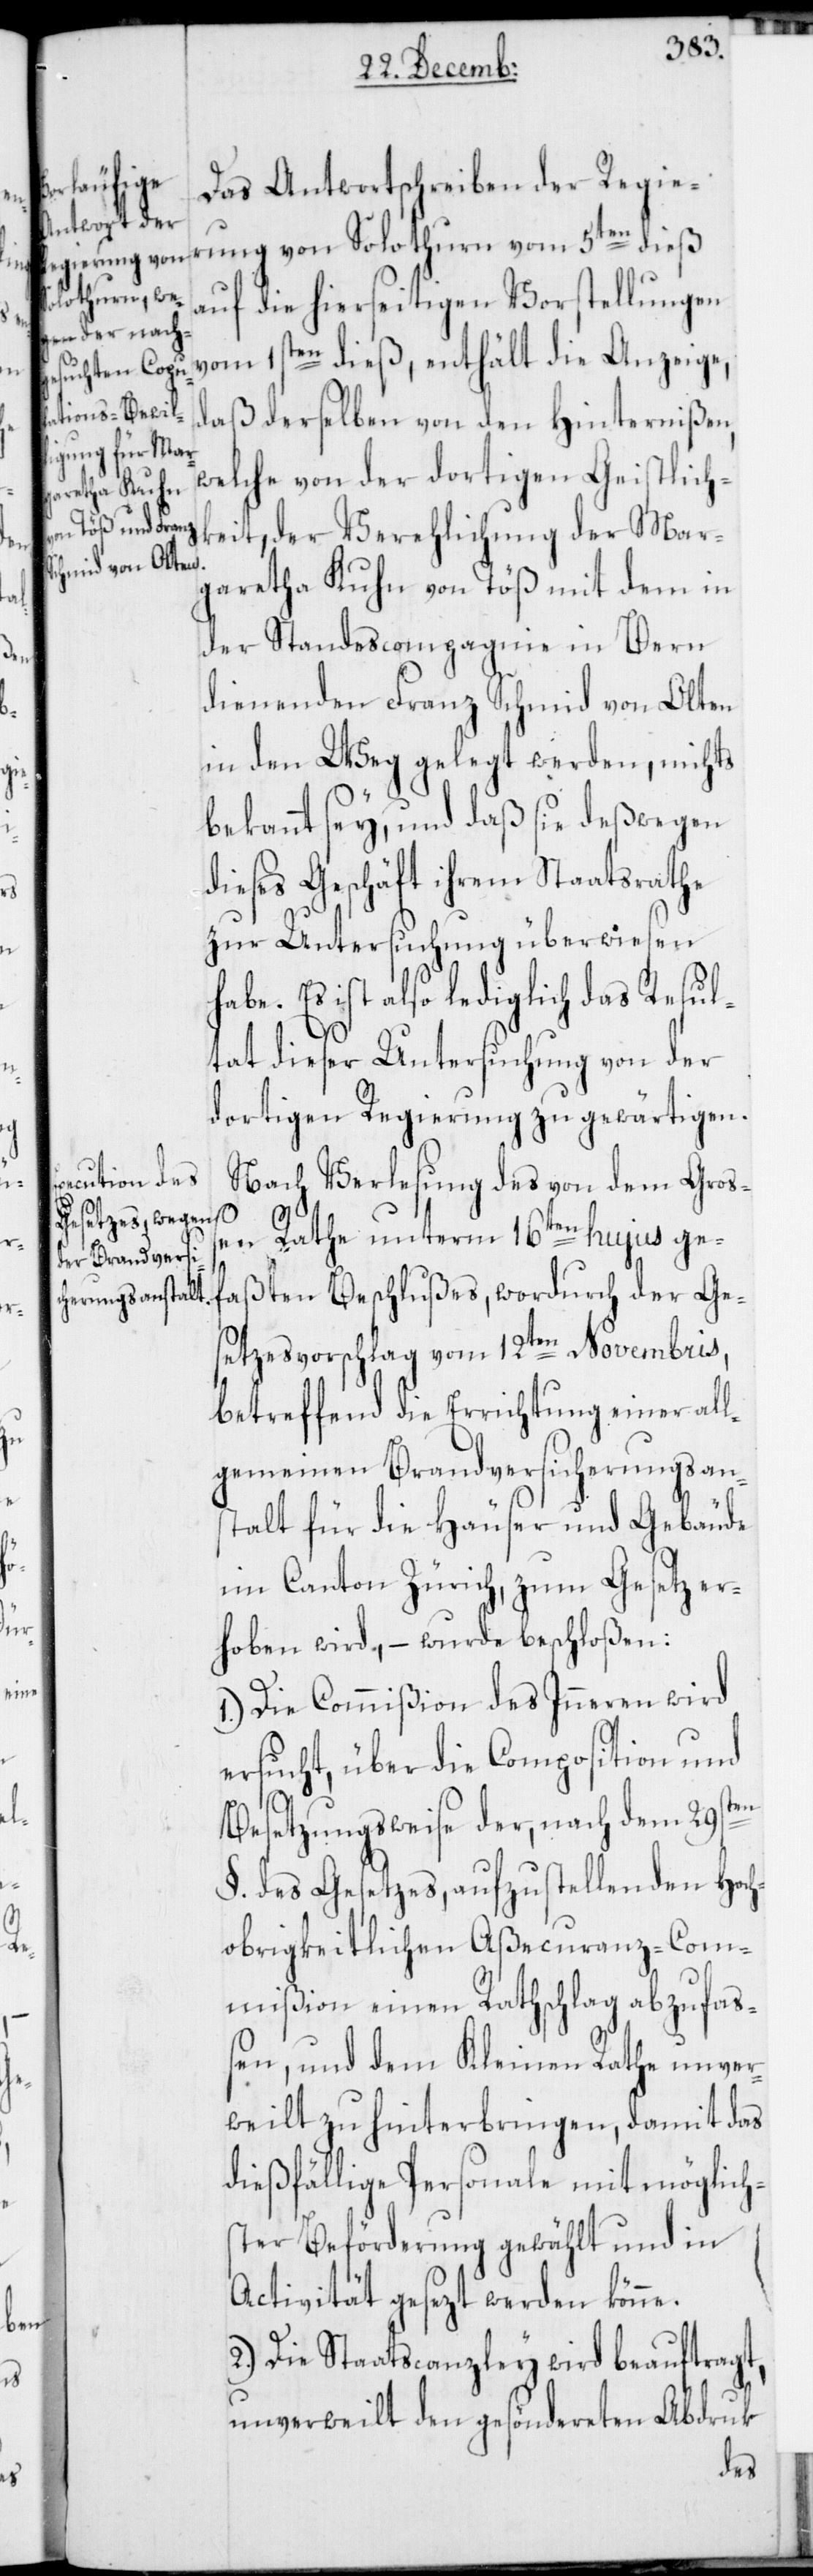
Das Antwortschreiben der Regie¬
rung von Solothurn vom 5ten dieß
auf die hierseitigen Vorstellungen
vom 1sten dieß, enthält die Anzeige,
daß derselben von den Hindernißen,
welche von der dortigen Geistlich¬
keit, der Verehlichung der Mar¬
garetha Kuhn von Töß mit dem in
der Standescompagnie in Bern
dienenden Franz Schmid von Olten
in den Weg gelegt werden, nichts
bekannt sey, und daß sie deßwegen
dieses Geschäft ihrem Staatsrathe
zur Untersuchung überwiesen
habe. Es ist also lediglich das Resul¬
tat dieser Untersuchung von der
dortigen Regierung zu gewärtigen.
Nach Verlesung des von dem Groß¬
en Rathe unterm 16ten hujus ge¬
faßten Beschlußes, wordurch der Ge¬
setzesvorschlag vom 12ten Novembris,
betreffend die Errichtung einer all¬
gemeinen Brandversicherungsan¬
stalt für die Häuser und Gebäude
im Canton Zürich, zum Gesetz er¬
hoben wird, – wurde beschloßen:
1.) Die Commißion des Inneren wird
ersucht, über die Composition und
en
Besetzungsweise der, nach dem 29st¬
§. des Gesetzes, aufzustellenden Hoch¬
obrigkeitlichen Aßecuranz-Com¬
mißion einen Rathschlag abzufaß¬
en, und dem Kleinen Rathe unver¬
weilt zu hinterbringen, damit das
dießfällige Personale mit möglich¬
ster Beförderung gewählt und in
Activität gesezt werden könne.
2.) Die Staatscanzley wird beauftragt,
unverweilt den gesöndereten Abdruk